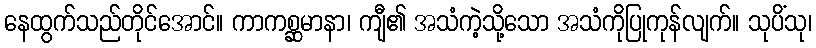
နေထွက်သည်တိုင်အောင်။ ကာကစ္ဆမာနာ၊ ကျီ၏ အသံကဲ့သို့သော အသံကိုပြုကုန်လျက်။ သုပိံသု၊